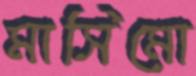
মাসিমো